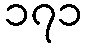
၁၇၁